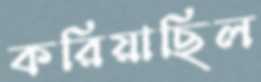
করিয়াছিল